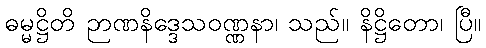
ဓမ္မဋ္ဌိတိ ဉာဏနိဒ္ဒေသဝဏ္ဏနာ၊ သည်။ နိဋ္ဌိတော၊ ပြီ။